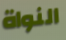
النواة